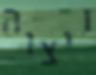
ויצוה